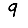
Digit: 9